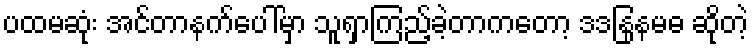
ပထမဆုံး အင်တာနက်ပေါ်မှာ သူရှာကြည့်ခဲ့တာကတော့ ဒဒနြနမဓ ဆိုတဲ့